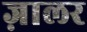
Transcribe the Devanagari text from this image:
ज़ालर